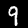
Label: 9